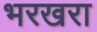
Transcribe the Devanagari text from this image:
भरखरा